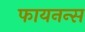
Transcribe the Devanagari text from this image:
फायनन्स